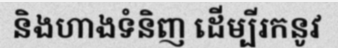
និងហាងទំនិញ ដើម្បីរកនូវ